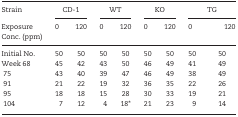
| Strain | <COLSPAN=2> CD-1 | <COLSPAN=2> WT | <COLSPAN=2> KO | <COLSPAN=3> TG |
 | Exposure Conc. (ppm) | 0 | 120 | 0 | 120 | 0 | 120 | <COLSPAN=2> 0 | 120 |
 | --- | --- | --- | --- | --- | --- | --- | --- | --- | --- |
 | Initial No. | 50 | 50 | 50 | 50 | 50 | 50 | 50 | <COLSPAN=2> 50 |
 | Week 68 | 45 | 42 | 43 | 50 | 46 | 49 | 41 | <COLSPAN=2> 49 |
 | 75 | 43 | 40 | 39 | 47 | 46 | 49 | 38 | <COLSPAN=2> 49 |
 | 91 | 21 | 22 | 19 | 32 | 36 | 35 | 22 | <COLSPAN=2> 26 |
 | 95 | 18 | 18 | 15 | 28 | 30 | 33 | 19 | <COLSPAN=2> 21 |
 | 104 | 7 | 12 | 4 | 18* | 21 | 23 | 9 | <COLSPAN=2> 14 |